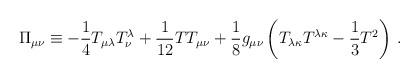
LaTeX: \begin{align*}\Pi_{\mu\nu} \equiv -{1\over4}T_{\mu\lambda}T^\lambda_\nu + {1\over12}TT_{\mu\nu} +{1\over8} g_{\mu\nu} \left( T_{\lambda\kappa}T^{\lambda\kappa} - {1\over3} T^2 \right) \,.\end{align*}